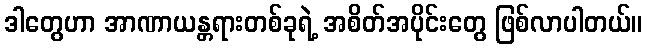
ဒါတွေဟာ အာဏာယန္တရားတစ်ခုရဲ့ အစိတ်အပိုင်းတွေ ဖြစ်လာပါတယ်။